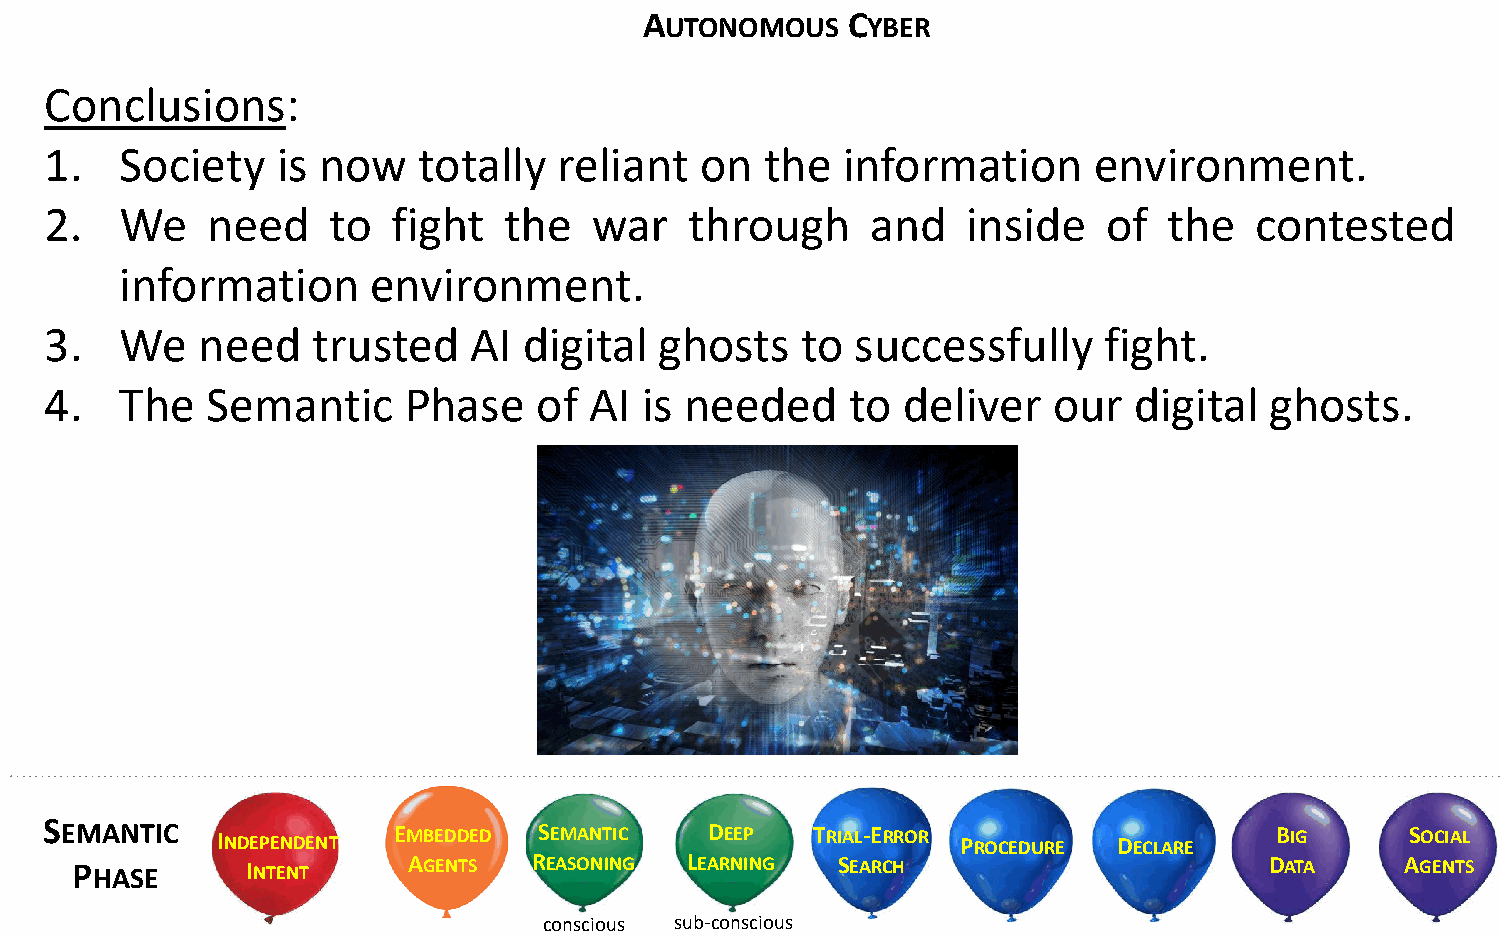
AUTONOMOUS   CYBER
 UNCLASSIFIED
 Conclusions:
 1.   Society   is now    totally  reliant  on   the  information     environment.
 2.   We    need    to  fight  the   war    through     and   inside   of  the   contested
 information      environment.
 3.   We   need    trusted   AI  digital  ghosts   to  successfully    fight.
 4.   The   Semantic     Phase    of AI is needed     to  deliver   our  digital  ghosts.
 SEMANTIC
 INDEPENDENT
 EMBEDDED  SEMANTIC   DEEP   TRIAL-ERROR
 PROCEDURE DECLARE
 BIG      SOCIAL
 PHASE      INTENT     AGENTS  REASONING LEARNING  SEARCH                       DATA     AGENTS
 conscious sub-conscious